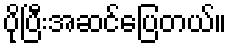
ပိုပြီးအဆင်ပြေတယ်။